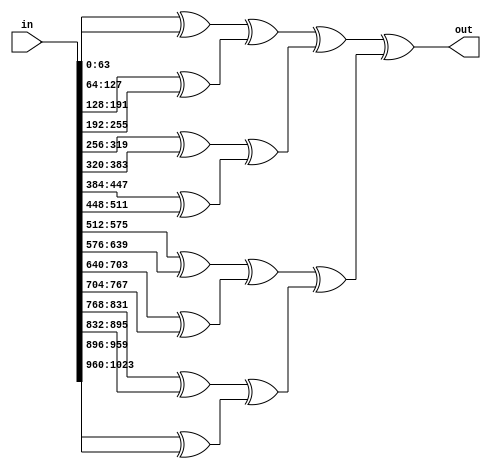
module xor_all_URAM #(parameter NUM_XOR = 16, parameter DATA_WIDTH = 64) (input [NUM_XOR*DATA_WIDTH-1:0] in, output [DATA_WIDTH-1:0] out);
	wire [DATA_WIDTH-1:0] internal [NUM_XOR-1-1:0];	//NUM_XOR-1 internal
	
	genvar i;
	generate 
		for(i = 0; i < NUM_XOR/2; i = i + 1) begin
			assign internal[i] = in[DATA_WIDTH*i*2+:DATA_WIDTH] ^ in[DATA_WIDTH*(2*i+1)+:DATA_WIDTH];
		end
		for(i = NUM_XOR/2; i < NUM_XOR-1; i = i + 1) begin
			assign internal[i] = internal[2*(i-NUM_XOR/2)] ^ internal[2*(i-NUM_XOR/2)+1];
		end
	endgenerate
	assign out = internal[NUM_XOR-1-1];
endmodule